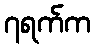
၇ရက်က